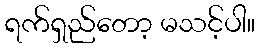
ရက်ရှည်တော့ မသင့်ပါ။